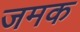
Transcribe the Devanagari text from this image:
जमक